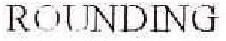
ROUNDING